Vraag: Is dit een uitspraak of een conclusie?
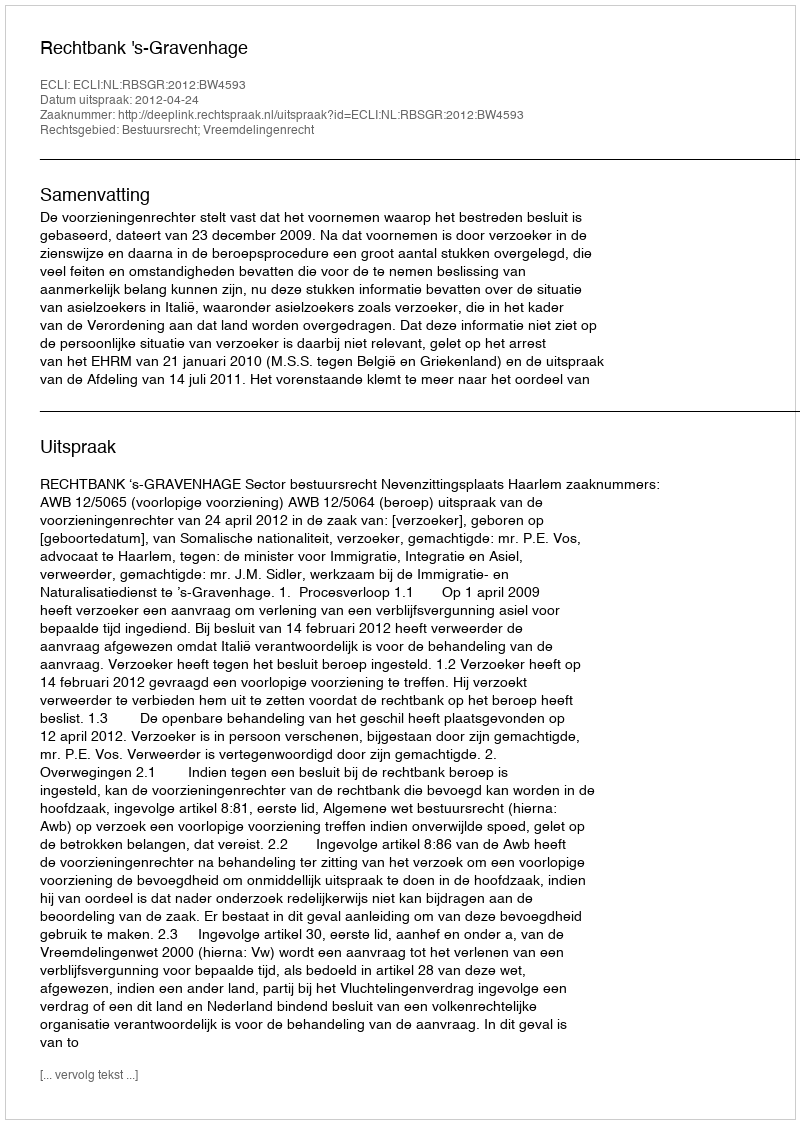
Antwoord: Uitspraak